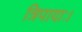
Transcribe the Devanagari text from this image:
त्रिपादाः।